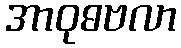
အာဝုဓဗလာ